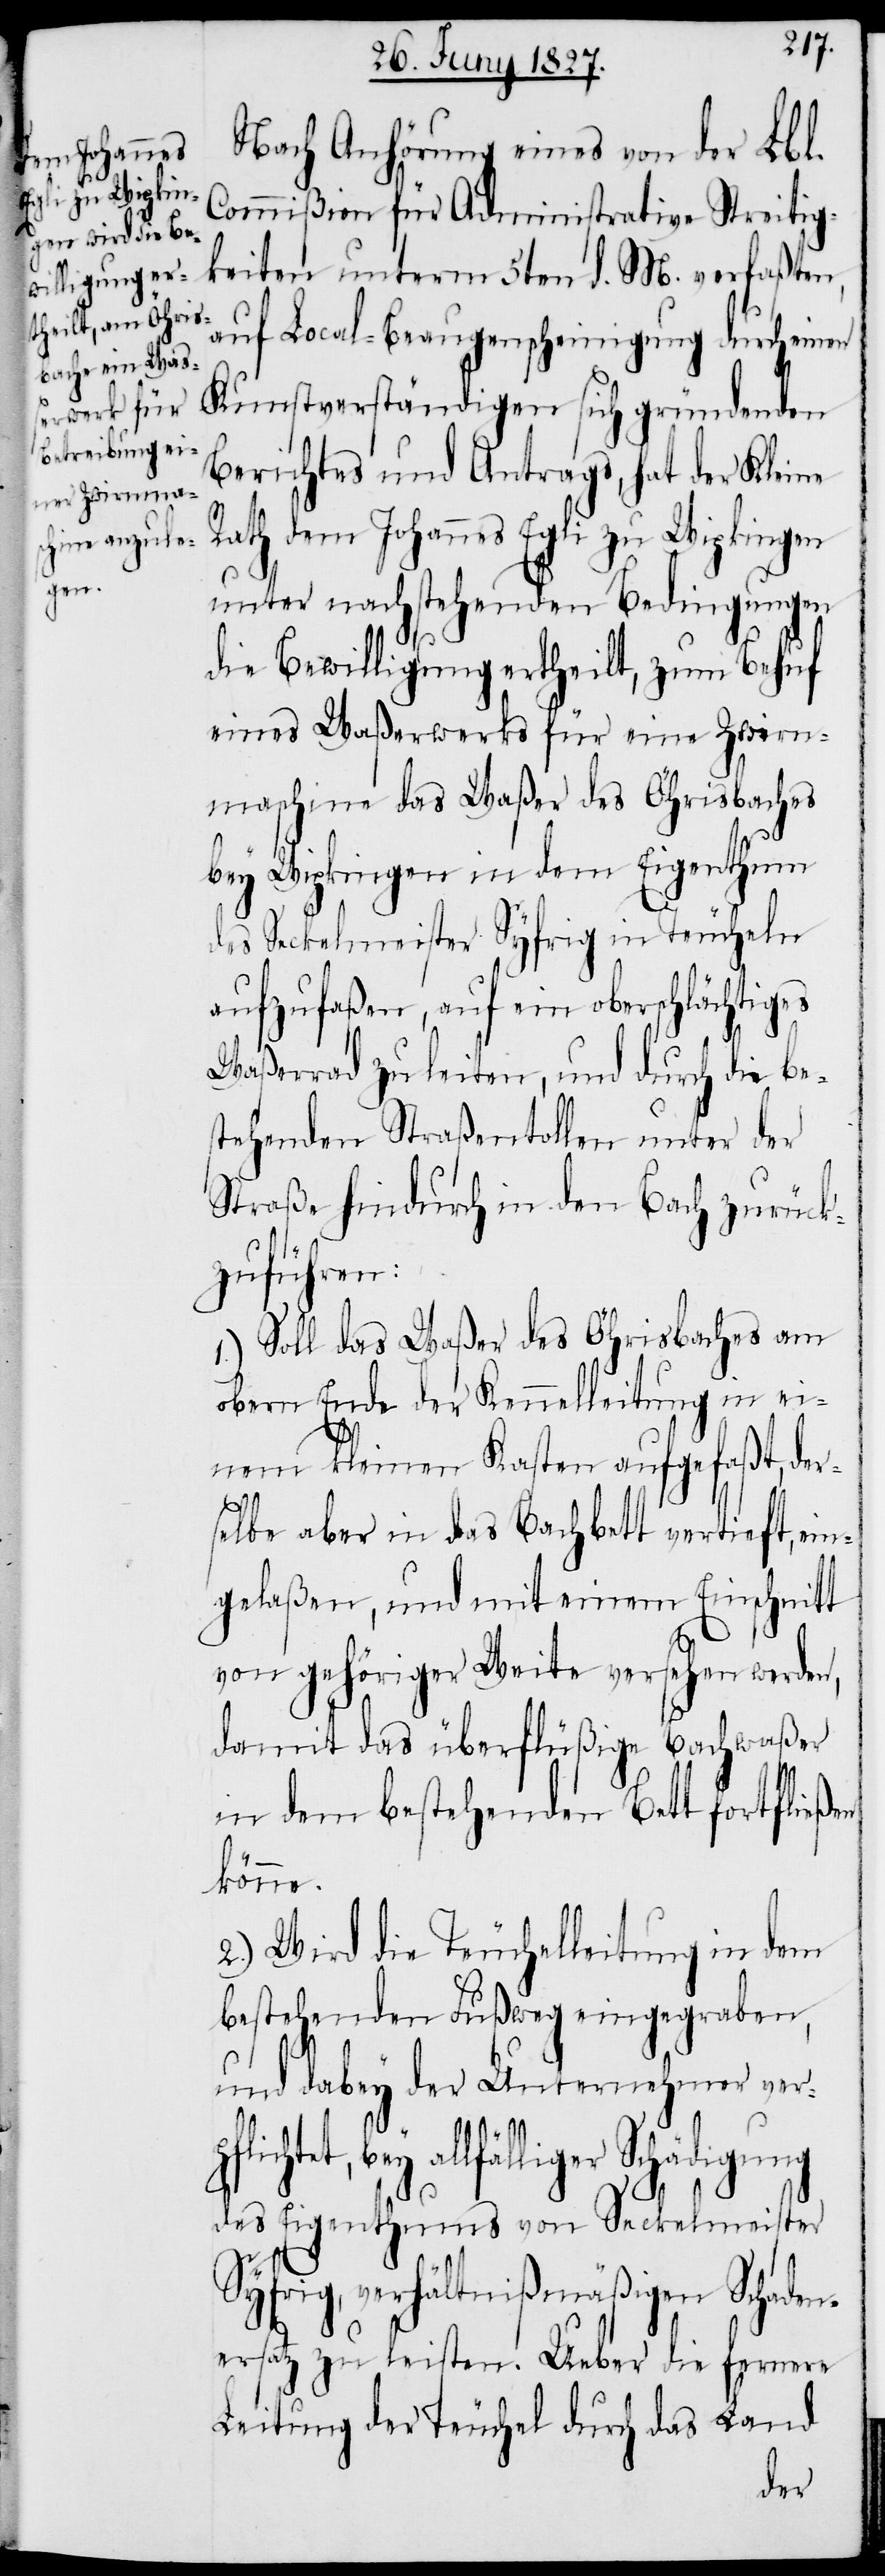
Nach Anhörung eines von der Lbl.
Commißion für Administrative Streit¬
igkeiten unterm 5ten d. M. verfaßten,
auf Local-Beaugenscheinigung durch einen
Kunstverständigen sich gründenden
Berichtes und Antrags, hat der Kleine
Rath dem Johannes Egli zu Wipkingen
unter nachstehenden Bedingungen
die Bewilligung ertheilt, zum Behuf
eines Waßerwerks für eine Zwirn¬
maschine das Waßer des Öhrisbaches
bey Wipkingen in dem Eigenthum
des Seckelmeister Syfrig in Teucheln
aufzufaßen, auf ein oberschlächtiges
Waßerrad zu leiten, und durch die be¬
stehenden Straßentollen unter der
Straße hindurch in den Bach zurück¬
zuführen:
1.) Soll das Waßer des Öhrisbaches am
obern Ende der Kennelleitung in ei¬
nem kleinen Kasten aufgefaßt, der¬
htet,
selbe aber in das Bachbett vertieft, ein¬
gelaßen, und mit einem Einschnitt
von gehöriger Weite versehen werden,
damit das überflüßige Bachwaßer
in dem bestehenden Bett fortfließen
könne.
2.) Wird die Teuchelleitung in dem
bestehenden Fußweg eingegraben,
und dabey der Unternehmer verp¬
bey allfälliger Schädigung
des Eigenthums von Seckelmeister
Syfrig, verhältnißmäßigen Schaden¬
ersatz zu leisten. Ueber die fernere
Leitung der Teuchel durch das Land